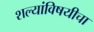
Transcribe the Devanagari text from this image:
शल्यांविषयीचा